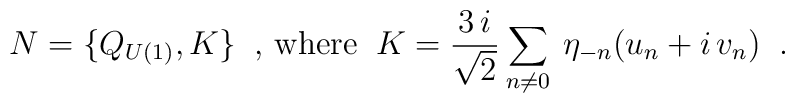
N = \{ Q_{U(1)}, K \} \;\;\mbox{, where}\;\;K = \frac{3\, i}{\sqrt{2}}\sum_{n \neq 0}\: \eta_{-n}(u_{n} + i\, v_{n}) \;\; .